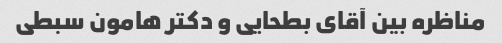
مناظره بین آقای بطحایی و دکتر هامون سبطی